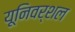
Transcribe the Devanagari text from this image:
यूनिवर्शल